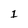
Character: 1